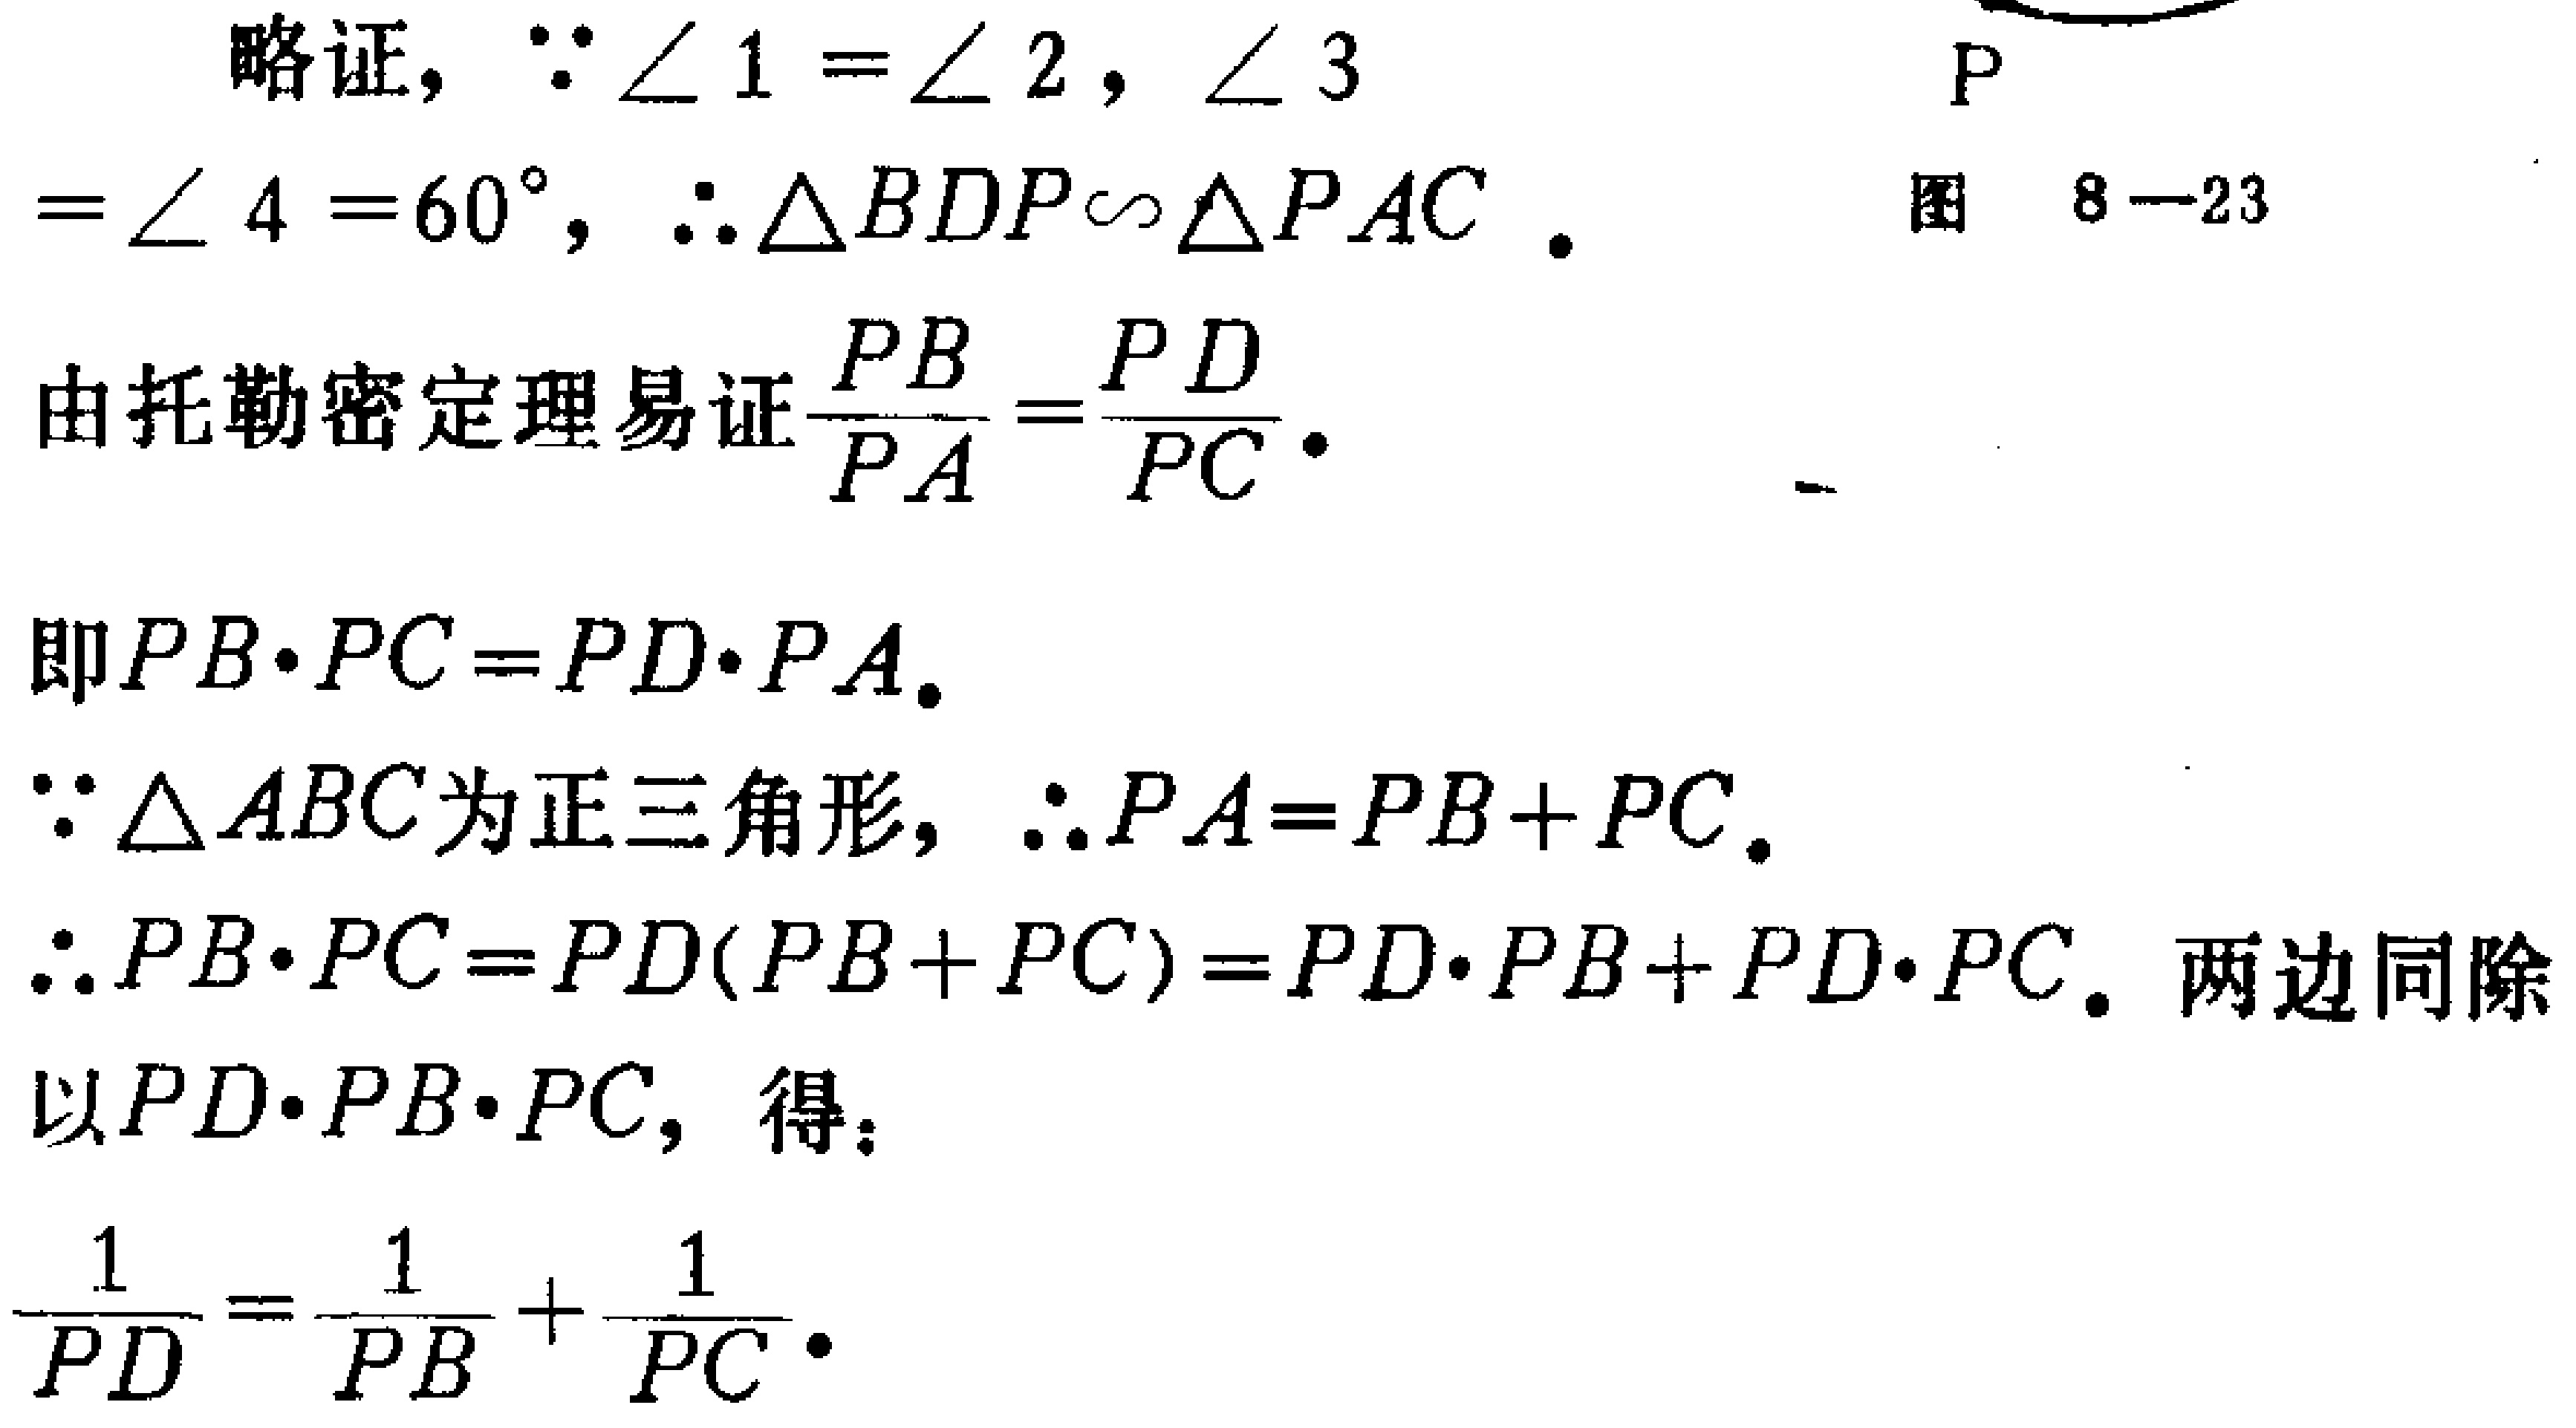
略证，\(\because \angle 1 = \angle 2\)，\(\angle 3=\angle 4 = 60^{\circ}\)，\(\therefore \triangle BDP\sim\triangle PAC\)。

由托勒密定理易证\(\frac{PB}{PA}=\frac{PD}{PC}\)。

即\(PB\cdot PC = PD\cdot PA\)。

\(\because \triangle ABC\)为正三角形，\(\therefore PA = PB + PC\)。

\(\therefore PB\cdot PC = PD(PB + PC)=PD\cdot PB + PD\cdot PC\)。两边同除以\(PD\cdot PB\cdot PC\)，得：

\(\frac{1}{PD}=\frac{1}{PB}+\frac{1}{PC}\)。